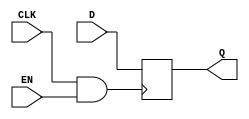
module memory_block (
    input wire CLK,       // Main clock signal
    input wire EN,        // Enable signal
    input wire [7:0] D,   // Data input
    output reg [7:0] Q    // Data output
);

// Gated clock signal
wire GCLK;

// Clock gating using AND gate
assign GCLK = CLK & EN;

// Memory block behavior
always @(posedge GCLK) begin
    Q <= D; // Store data on the rising edge of the gated clock
end

endmodule